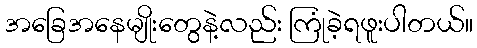
အခြေအနေမျိုးတွေနဲ့လည်း ကြုံခဲ့ရဖူးပါတယ်။